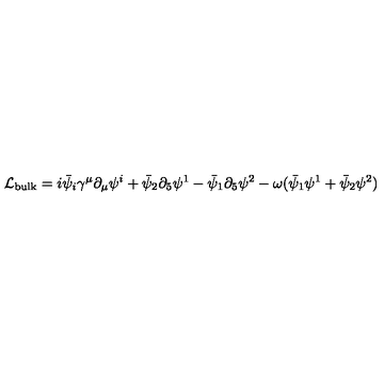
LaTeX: \mathcal { L } _ { \mathrm { b u l k } } = i \bar { \psi } _ { i } \gamma ^ { \mu } \partial _ { \mu } \psi ^ { i } + \bar { \psi } _ { 2 } \partial _ { 5 } \psi ^ { 1 } - \bar { \psi } _ { 1 } \partial _ { 5 } \psi ^ { 2 } - \omega ( \bar { \psi } _ { 1 } \psi ^ { 1 } + \bar { \psi } _ { 2 } \psi ^ { 2 } )